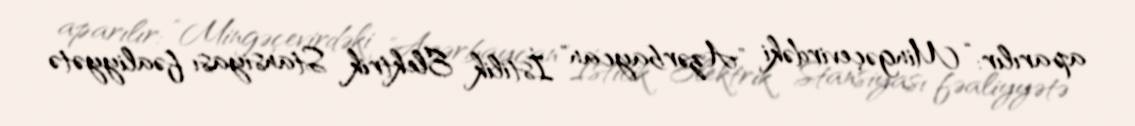
aparılır: “Mingəçevirdəki "Azərbaycan" İstilik Elektrik Stansiyası fəaliyyətə